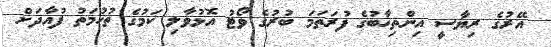
އޭރުގެ ރިޔާސީ އިންތިޚާބުގެ ފުރަތަމަ ބުރުގެ ވޯޓު އޮޅުވާލި ކަމުގެ ތުހުމަތު ފުއާދަށް